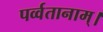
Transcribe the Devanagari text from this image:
पर्व्वतानाम्।